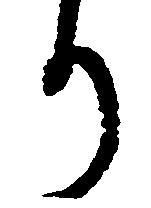
り